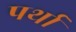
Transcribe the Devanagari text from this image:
पर्था